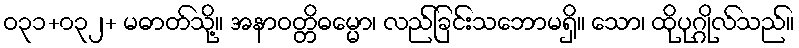
ဝ၃၁+၀၃၂+ မဓာတ်သို့။ အနာဝတ္တိဓမ္မော၊ လည်ခြင်းသဘောမရှိ။ သော၊ ထိုပုဂ္ဂိုလ်သည်။